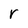
Character: r